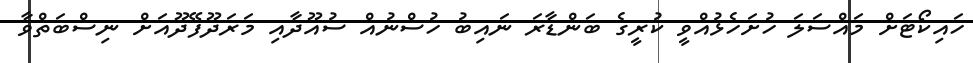
ހައިކޯޓަށް މައްސަލަ ހުށަހެޅުއްވީ ކުރީގެ ބަންޑާރަ ނައިބު ހުސްނުއް ސުއޫދާއި މަރަދޫފޭދޫއަށް ނިސްބަތްވާ